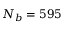
N _ { b } = 5 9 5